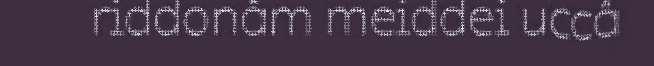
riddonâm meiddei uccâ